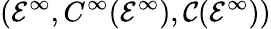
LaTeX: ({\mathcal{E}}^{\infty},C^{\infty}({\mathcal{E}}^{\infty}),{\mathcal{C}}({\mathcal{E}}^{\infty}))